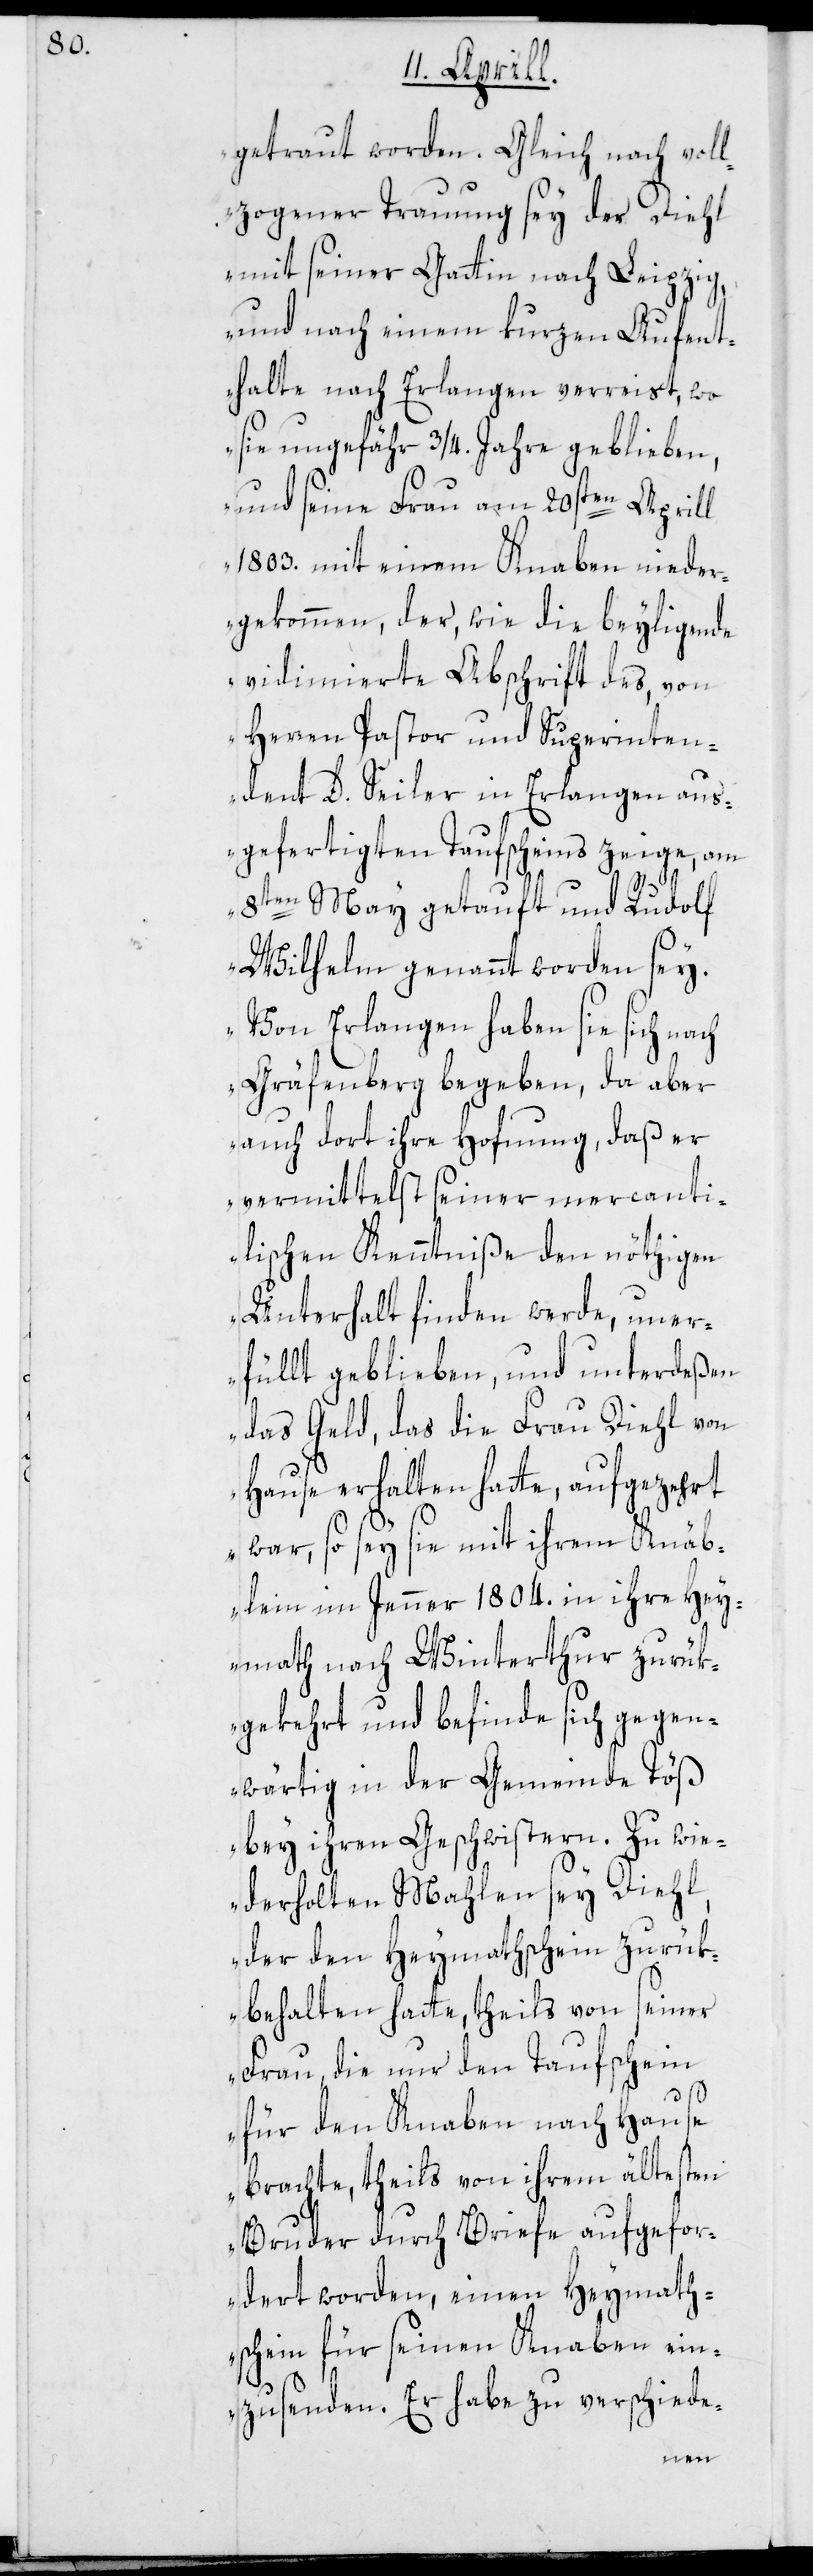
getraut worden. Gleich nach voll¬
zogener Trauung sey der Diehl
mit seiner Gattin nach Leipzig,
und nach einem kurzen Aufent¬
halte nach Erlangen verreist, wo
sie ungefähr 3/4. Jahre geblieben,
und seine Frau am 20sten Aprill
1803. mit einem Knaben nieder¬
gekommen, der, wie die beyligende
vidimierte Abschrift des, von
Herren Pastor und Superinten¬
dent D. Seiler in Erlangen aus¬
gefertigten Taufscheins zeige, am
8ten May getauft und Rudolf
Wilhelm genannt worden sey.
Von Erlangen haben sie sich nach
Gräfenberg begeben, da aber
auch dort ihre Hofnung, daß er
vermittelst seiner mercanti¬
lischen Kenntniße den nöthigen
Unterhalt finden werde, uner¬
füllt geblieben, und unterdeßen
das Geld, das die Frau Diehl von
Hause erhalten hatte, aufgezehrt
war, so sey sie mit ihrem Knäb¬
lein im Jenner 1804. in ihre Hey¬
math nach Winterthur zurük¬
gekehrt und befinde sich gegen¬
wärtig in der Gemeinde Töß
bey ihren Geschwistern. Zu wie¬
derholten Mahlen sey Diehl,
der den Heymathschein zurük¬
behalten hatte, theils von seiner
Frau, die nur den Taufschein
für den Knaben nach Hause
brachte, theils von ihrem ältesten
Bruder durch Briefe aufgefor¬
dert worden, einen Heymath¬
schein für seinen Knaben ein¬
zusenden. Er habe zu verschiede-